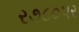
ર૭૮૦પર